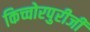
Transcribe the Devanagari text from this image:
किच्चोरपुरीजी